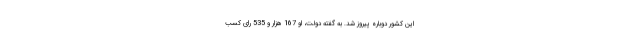
این کشور دوباره پیروز شد. به گفته دولت، او 167 هزار و 535 رای کسب